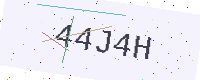
Text: 44J4H